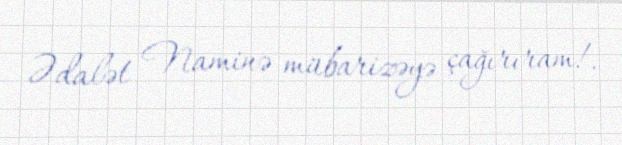
Ədalət Naminə mübarizəyə çağırıram!.